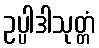
ဥပ္ပါဒါသုတ္တံ